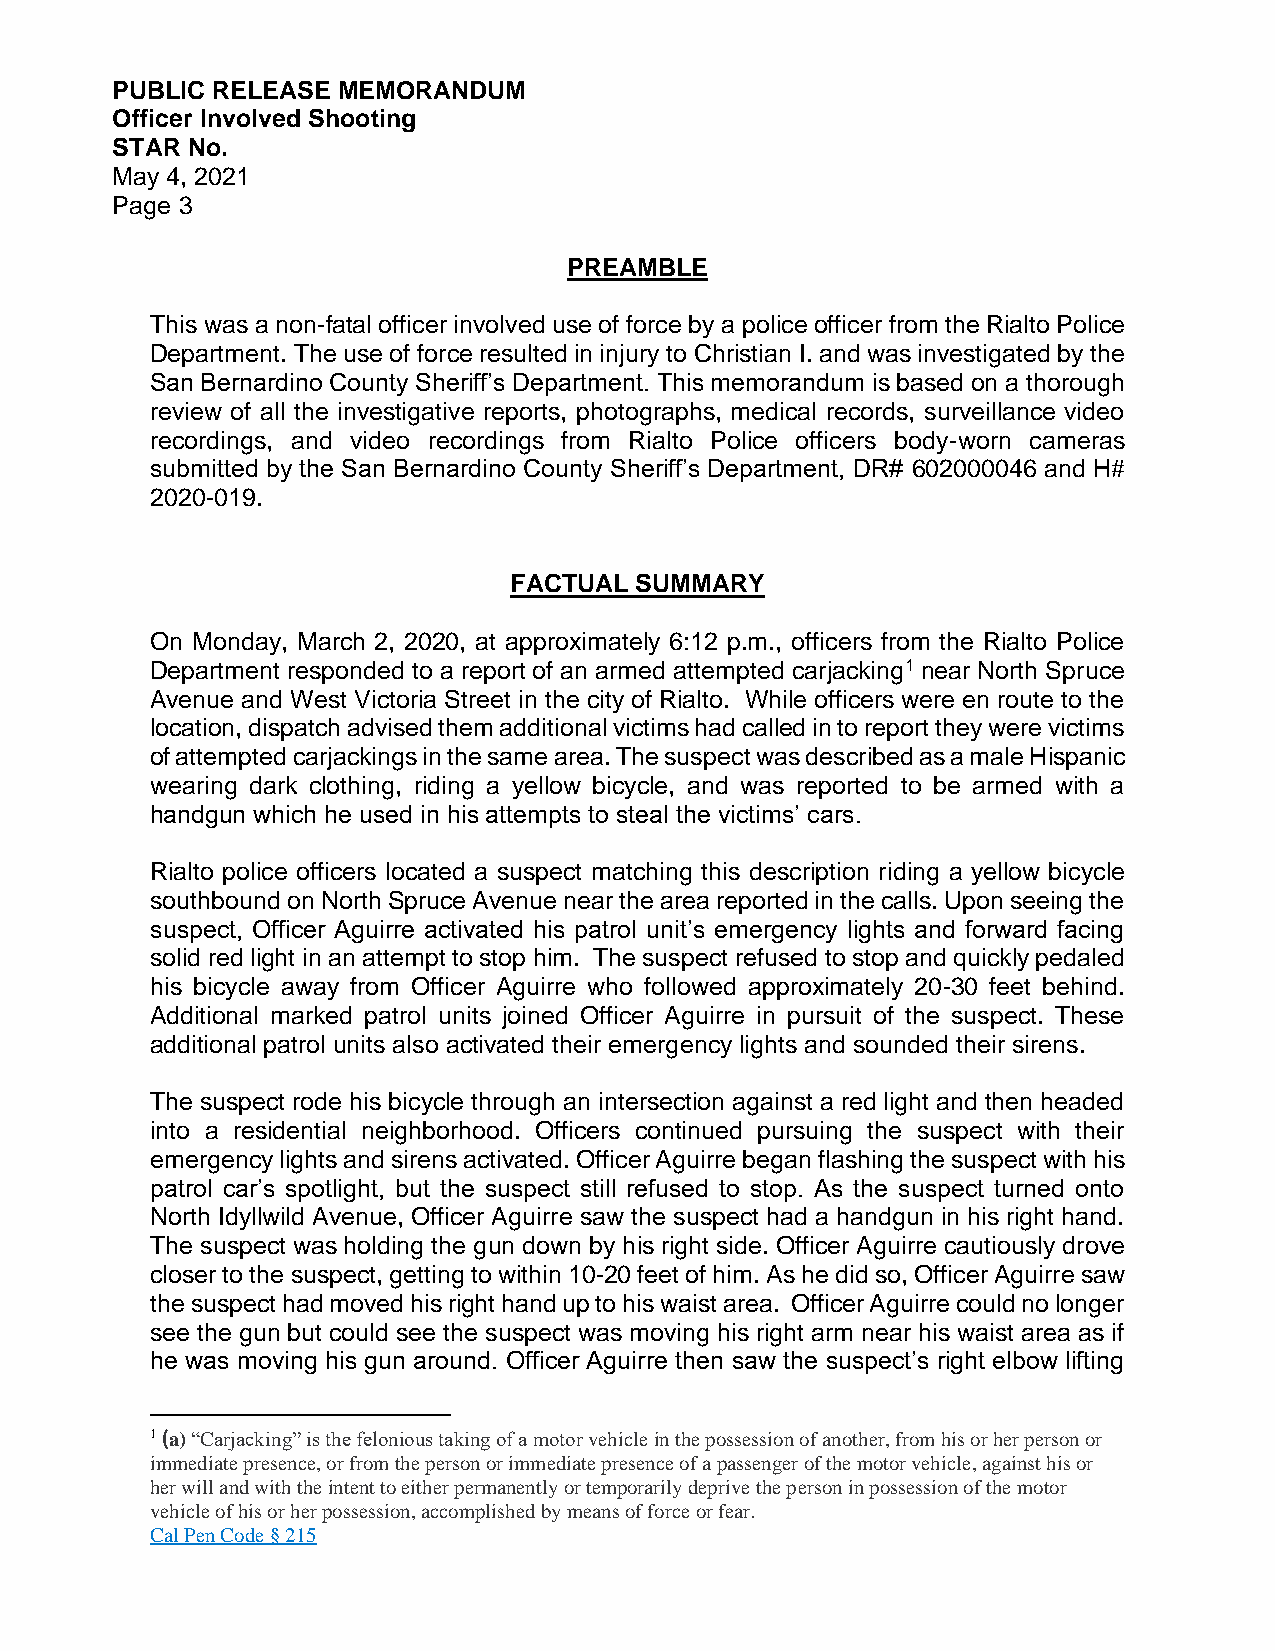
PUBLIC RELEASE MEMORANDUM
 Officer Involved Shooting
 STAR No.
 May 4, 2021
 Page 3
 PREAMBLE
 This was a non-fatal officer involved use of force by a police officer from the Rialto Police
 Department. The use of force resulted in injury to Christian I. and was investigated by the
 San Bernardino County Sheriff’s Department. This memorandum is based on a thorough
 review of all the investigative reports, photographs, medical records, surveillance video
 recordings, and video recordings from Rialto Police officers body-worn cameras
 submitted by the San Bernardino County Sheriff’s Department, DR# 602000046 and H#
 2020-019.
 FACTUAL SUMMARY
 On Monday, March 2, 2020, at approximately 6:12 p.m., officers from the Rialto Police
 Department responded to a report of an armed attempted carjacking1 near North Spruce
 Avenue and West Victoria Street in the city of Rialto. While officers were en route to the
 location, dispatch advised them additional victims had called in to report they were victims
 of attempted carjackings in the same area. The suspect was described as a male Hispanic
 wearing dark clothing, riding a yellow bicycle, and was reported to be armed with a
 handgun which he used in his attempts to steal the victims’ cars.
 Rialto police officers located a suspect matching this description riding a yellow bicycle
 southbound on North Spruce Avenue near the area reported in the calls. Upon seeing the
 suspect, Officer Aguirre activated his patrol unit’s emergency lights and forward facing
 solid red light in an attempt to stop him. The suspect refused to stop and quickly pedaled
 his bicycle away from Officer Aguirre who followed approximately 20-30 feet behind.
 Additional marked patrol units joined Officer Aguirre in pursuit of the suspect. These
 additional patrol units also activated their emergency lights and sounded their sirens.
 The suspect rode his bicycle through an intersection against a red light and then headed
 into a residential neighborhood. Officers continued pursuing the suspect with their
 emergency lights and sirens activated. Officer Aguirre began flashing the suspect with his
 patrol car’s spotlight, but the suspect still refused to stop. As the suspect turned onto
 North Idyllwild Avenue, Officer Aguirre saw the suspect had a handgun in his right hand.
 The suspect was holding the gun down by his right side. Officer Aguirre cautiously drove
 closer to the suspect, getting to within 10-20 feet of him. As he did so, Officer Aguirre saw
 the suspect had moved his right hand up to his waist area. Officer Aguirre could no longer
 see the gun but could see the suspect was moving his right arm near his waist area as if
 he was moving his gun around. Officer Aguirre then saw the suspect’s right elbow lifting
 1 (a) “Carjacking” is the felonious taking of a motor vehicle in the possession of another, from his or her person or
 immediate presence, or from the person or immediate presence of a passenger of the motor vehicle, against his or
 her will and with the intent to either permanently or temporarily deprive the person in possession of the motor
 vehicle of his or her possession, accomplished by means of force or fear.
 Cal Pen Code § 215